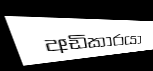
අඩිකාරයා